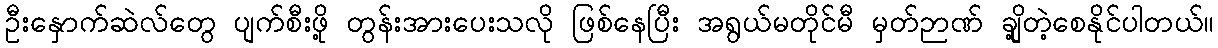
ဦးနှောက်ဆဲလ်တွေ ပျက်စီးဖို့ တွန်းအားပေးသလို ဖြစ်နေပြီး အရွယ်မတိုင်မီ မှတ်ဉာဏ် ချို့တဲ့စေနိုင်ပါတယ်။